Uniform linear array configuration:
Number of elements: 24
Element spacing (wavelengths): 0.25
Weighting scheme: hann
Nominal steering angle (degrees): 30
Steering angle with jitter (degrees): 29.573
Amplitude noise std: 0.05
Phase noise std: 0.05

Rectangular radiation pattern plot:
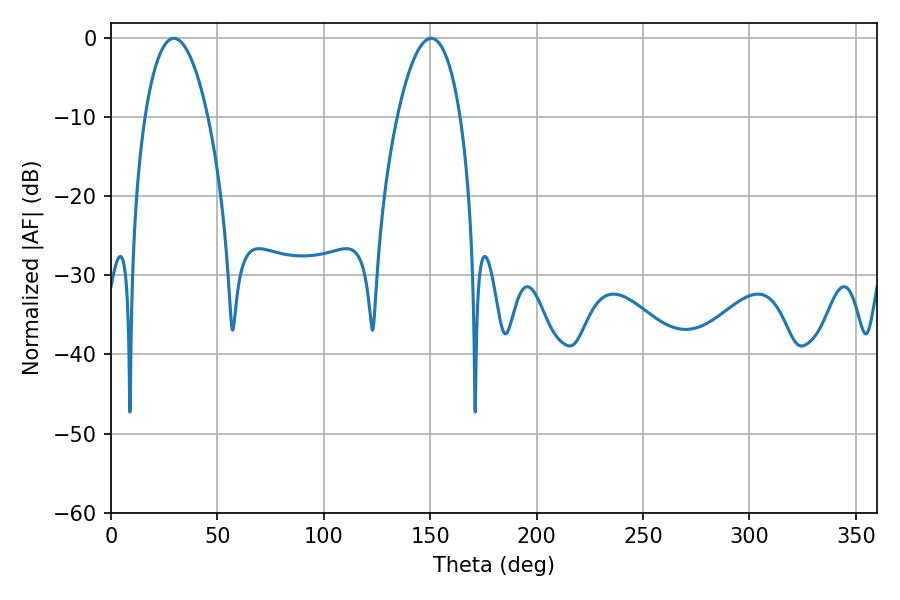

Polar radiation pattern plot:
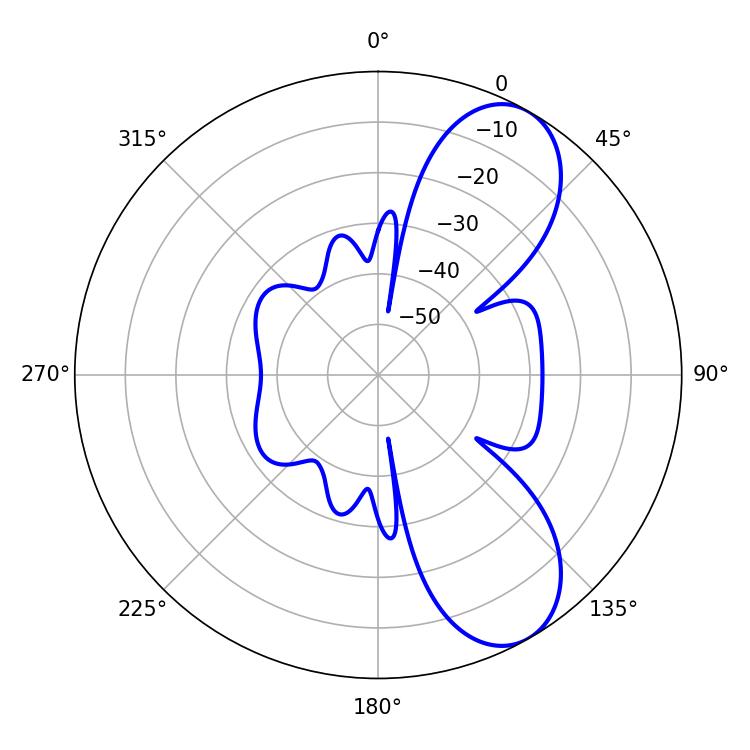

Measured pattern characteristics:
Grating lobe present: FALSE
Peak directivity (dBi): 8.132
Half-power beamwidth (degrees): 16.56
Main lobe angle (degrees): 29.52